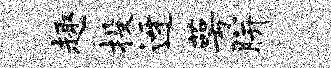
趣投迓萼胼